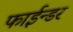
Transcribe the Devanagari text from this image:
फाईन्डर